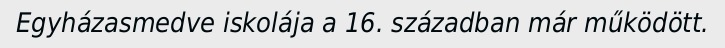
Egyházasmedve iskolája a 16. században már működött.